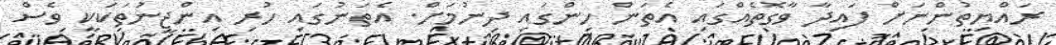
ރައްޔިތުންނަށް ފައިދާ ވާގޮތެއްގައި އެތަން ހިންގައި ދިނުމަށް. އެތަނުގައި ހުރި އިންޖީނުތަކަކީ ވެސް